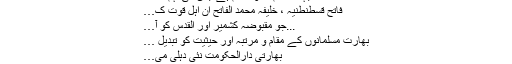
(1)
جہاد اسلام کا وہ حکم ہے جس کی فہم ک…
فاتحِ قسطُنطنیہ ، خلیفہ محمد الفاتح اُن اہلِ قوت ک…
...جو مقبوضہ کشمیر اور القدس کو آ…
بھارت مسلمانوں کے مقام و مرتبہ اور حیثیت کو تبدیل …
بھارتی دارالحکومت نئی دہلی می…
بھارت میں بابری مسجد- مقدمہ اور اسلامی نقطہ نظر
9 نومبر 2019 کو بھارت کی سپریم کورٹ…